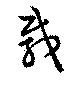
載